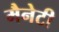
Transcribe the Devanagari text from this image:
मैनेटी